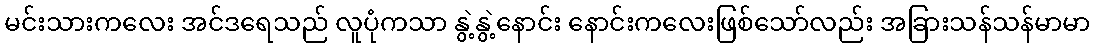
မင်းသားကလေး အင်ဒရေသည် လူပုံကသာ နွဲ့နွဲ့နောင်း နောင်းကလေးဖြစ်သော်လည်း အခြားသန်သန်မာမာ